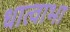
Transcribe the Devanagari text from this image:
धात्वाभा